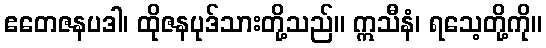
ဧတေဇနပဒါ၊ ထိုဇနပုဒ်သားတို့သည်။ ဣသီနံ၊ ရသေ့တို့ကို။